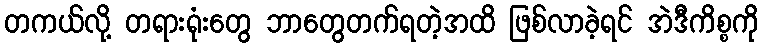
တကယ်လို့ တရားရုံးတွေ ဘာတွေတက်ရတဲ့အထိ ဖြစ်လာခဲ့ရင် အဲဒီကိစ္စကို